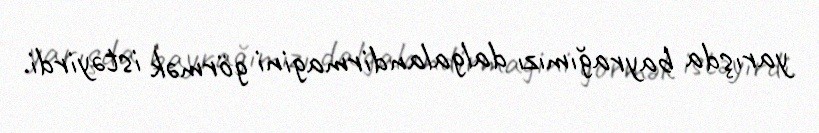
yarışda bayrağımızı dalgalandirmagini görmək istəyirdi.